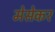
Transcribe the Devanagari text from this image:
मेसेकर